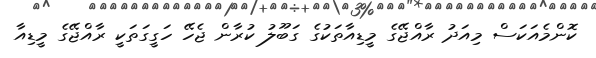
ކޮންމެއަކަސް މިއަދު ރާއްޖޭގެ މީޑިއާތަކުގެ ގަބޫލު ކުރާން ޖެހޭ ހަގީގަތަކީ ރާއްޖޭގެ މީޑިއާ